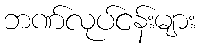
ဘဏ်လုပ်ငန်းများ